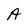
Character: A